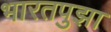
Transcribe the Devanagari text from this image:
भारतपुझा